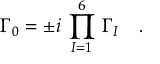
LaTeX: \Gamma _ { 0 } = \pm i \, \prod _ { I = 1 } ^ { 6 } \, \Gamma _ { I } \quad .